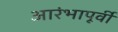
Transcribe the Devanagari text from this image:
आरंभापूर्वी